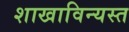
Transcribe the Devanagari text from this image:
शाखाविन्यस्त